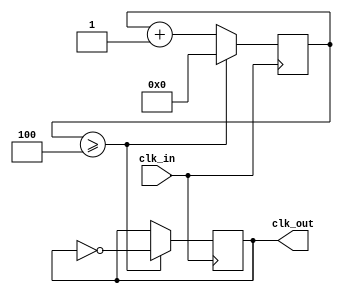
module clockDivider2(
    input clk_in,
    output reg clk_out
);
    reg [27:0] counter = 28'd0;
    always @(posedge clk_in)
    begin
        if (counter >= 28'd4) begin
            counter <= 28'd0;
            clk_out <= ~clk_out;
        end
        else counter <= counter + 1;
    end
endmodule

module clockDivider(
    input clk_in,
    input increase,
    output reg led,
    output reg clk_out
);
    reg [2:0] freqState = 3'b000;
    reg [27:0] counter = 28'd0;
    reg [27:0] freq = 28'd25000000;
    always @(posedge clk_in)
    begin
        if (counter >= freq) begin
            counter <= 28'd0;
            clk_out <= ~clk_out;
        end
        else counter <= counter + 1;
    end

    always @(posedge clk_out)
    begin
        led <= ~led;
    end

    always @(posedge increase)
    begin
        case (freqState)
            3'b000: begin
                freq <= 28'd12500000; //2Hz
                freqState <= 3'b001;
            end
            3'b001: begin
                freq <= 28'd6250000; //4Hz
                freqState <= 3'b010;
            end
            3'b010: begin
                freq <= 28'd3125000; //8Hz
                freqState <= 3'b011;
            end
            3'b011: begin
                freq <= 28'd1562500; //16Hz
                freqState <= 3'b100;
            end
            3'b100: begin
                freq <= 28'd781250; //32Hz
                freqState <= 3'b101;
            end
            3'b101: begin
                freq <= 28'd390625; //64Hz
                freqState <= 3'b110;
            end
            3'b110: begin
                freq <= 28'd195312; //128Hz 195312.5 fakat floating deerleri dahil etmiyoruz optimizasyon asndan.
                freqState <= 3'b111;
            end
            3'b111: begin
                freq <= 28'd25000000; //1Hz
                freqState <= 3'b000;
            end
        endcase
    end
endmodule